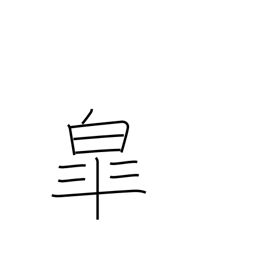
Meaning: fifth month